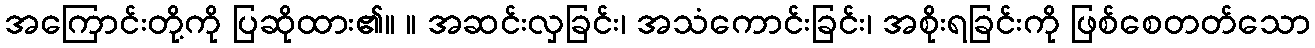
အကြောင်းတို့ကို ပြဆိုထား၏။ ။ အဆင်းလှခြင်း၊ အသံကောင်းခြင်း၊ အစိုးရခြင်းကို ဖြစ်စေတတ်သော